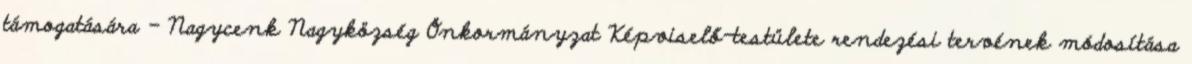
támogatására - Nagycenk Nagyközség Önkormányzat Képviselő-testülete rendezési tervének módosítása